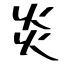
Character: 炎